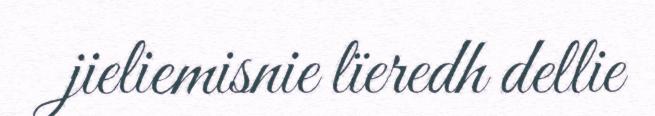
jieliemisnie lïeredh dellie